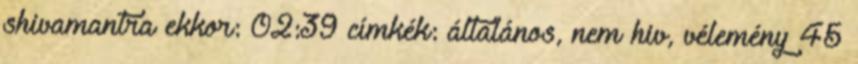
shivamantra ekkor: 02:39 címkék: általános, nem hiv, vélemény 45